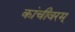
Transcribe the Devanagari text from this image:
कांचीवरम्